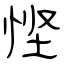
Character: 悭